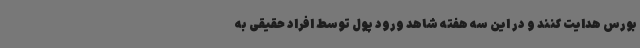
بورس هدایت کنند و در این سه هفته شاهد ورود پول توسط افراد حقیقی به